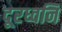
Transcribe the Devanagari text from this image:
दूरध्वनि